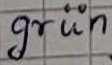
Text: grün